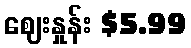
ဈေးနှုန်း $5.99